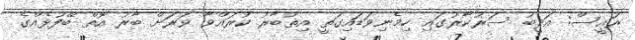
ރައީސް: އަދީބު ސަރުކާރުގައި ހިމެނިވަޑައިގަތީ އިތުބާރު ކުރައްވާ ވަރަށް ބާރު އޮތް ބޭފުޅެއްގެ